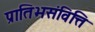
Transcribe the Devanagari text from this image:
प्रातिभसंवित्ति